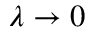
\lambda \to 0